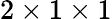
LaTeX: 2\times 1\times 1